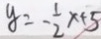
y = - \frac { 1 } { 2 } x + 5